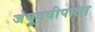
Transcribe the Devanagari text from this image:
जंबूद्वीपाला